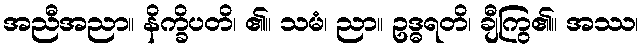
အညီအညာ။ နိက္ခိပတိ၊ ၏။ သမံ၊ ညာ။ ဥဒ္ဓရတိ၊ ချီကြွ၏။ အဿ၊